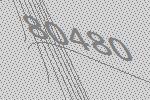
80480